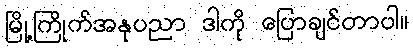
မြို့ကြိုက်အနုပညာ ဒါကို ပြောချင်တာပါ။